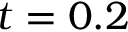
t = 0 . 2